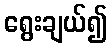
ရွေးချယ်၍